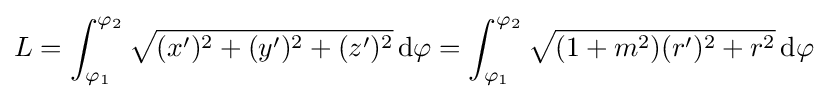
L=\int _{\varphi _{1}}^{\varphi _{2}}{\sqrt {(x')^{2}+(y')^{2}+(z')^{2}}}\,\mathrm {d} \varphi =\int _{\varphi _{1}}^{\varphi _{2}}{\sqrt {(1+m^{2})(r')^{2}+r^{2}}}\,\mathrm {d} \varphi \